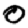
Digit: 0